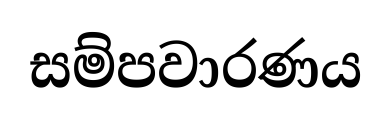
සම්පවාරණය